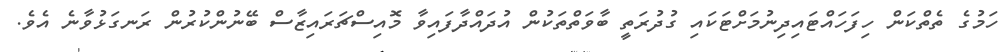
ހަމުގެ ތެތްކަން ހިފަހައްޓައިދިނުމަށްޓަކައި ގުދުރަތީ ބާވަތްތަކުން އުދައްދާފައިވާ މޮއިސްޗަރައިޒާސް ބޭނުންކުރުން ރަނގަޅުވާނެ އެވެ.